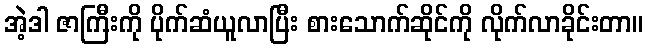
အဲ့ဒါ ဇာကြီးကို ပိုက်ဆံယူလာပြီး စားသောက်ဆိုင်ကို လိုက်လာခိုင်းတာ။